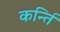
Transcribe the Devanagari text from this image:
कर्न्ति